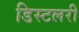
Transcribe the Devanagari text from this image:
डिस्टलरी